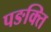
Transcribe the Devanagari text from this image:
पङक्ति